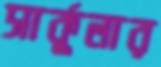
সার্কুলার